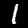
Label: 1